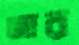
জার